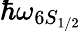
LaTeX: \hbar\omega_{6S_{1/2}}